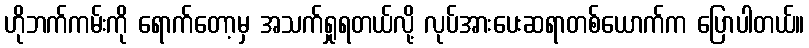
ဟိုဘက်ကမ်းကို ရောက်တော့မှ အသက်ရှုရတယ်လို့ လုပ်အားပေးဆရာတစ်ယောက်က ပြောပါတယ်။